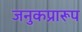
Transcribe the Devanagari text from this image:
जनुकप्रारूप